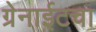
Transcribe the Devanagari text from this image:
ग्रेनाईटचा